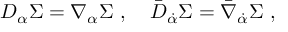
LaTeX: D _ { \alpha } \Sigma = \nabla _ { \alpha } \Sigma \ , \quad \bar { D } _ { \dot { \alpha } } \Sigma = \bar { \nabla } _ { \dot { \alpha } } \Sigma \ ,